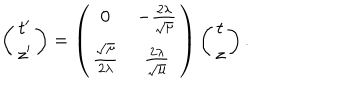
LaTeX: \left( \begin{array} { c } { { t ^ { \prime } } } \\ { { z ^ { \prime } } } \\ \end{array} \right) = \left( \begin{array} { c c } { { 0 } } & { { - \frac { 2 \lambda } { \sqrt { \mu } } } } \\ { { \frac { \sqrt { \mu } } { 2 \lambda } } } & { { \frac { 2 \lambda } { \sqrt { \mu } } } } \\ \end{array} \right) \left( \begin{array} { c } { { t } } \\ { { z } } \\ \end{array} \right) .